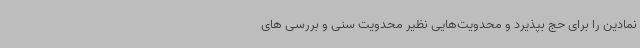
نمادین را برای حج بپذیرد و محدویت‌هایی نظیر محدویت سنی و بررسی های